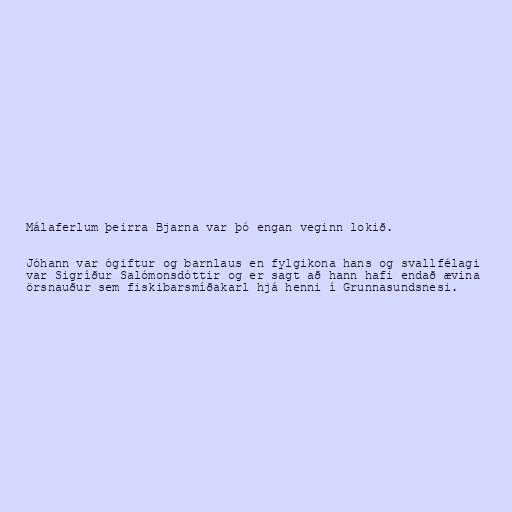
Málaferlum þeirra Bjarna var þó engan veginn lokið.

Jóhann var ógiftur og barnlaus en fylgikona hans og svallfélagi
var Sigríður Salómonsdóttir og er sagt að hann hafi endað ævina
örsnauður sem fiskibarsmíðakarl hjá henni í Grunnasundsnesi.